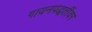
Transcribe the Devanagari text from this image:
गायनपद्धतींवर